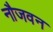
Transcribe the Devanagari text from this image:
नौजवन